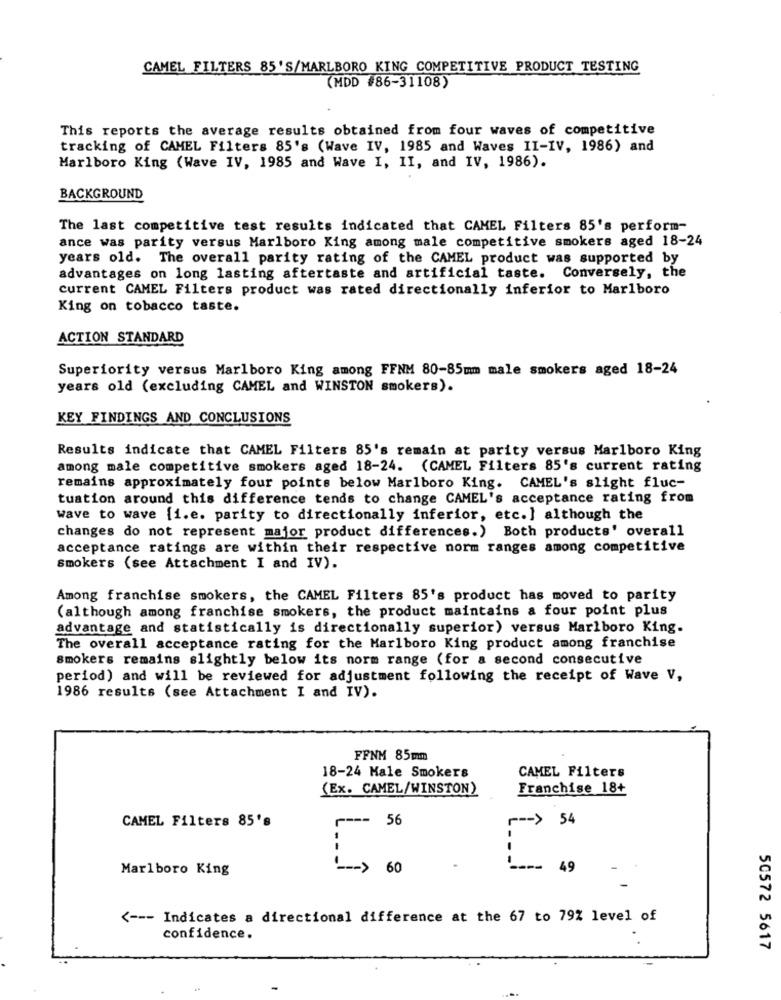
CAMEL FILTERS 85'S/MARLBORO KING COMPETITIVE PRODUCT TESTING
(MDD #86-31108)
This reports the average results obtained from four waves of competitive
tracking of CAMEL Filters 85's (Wave IV, 1985 and Waves II-IV, 1986) and
Marlboro King (Wave IV, 1985 and Wave I, II, and IV, 1986).
BACKGROUND
The last competitive test results indicated that CAMEL Filters 85's perform-
ance was parity versus Marlboro King among male competitive smokers aged 18-24
years old. The overall parity rating of the CAMEL product was supported by
advantages on long lasting aftertaste and artificial taste. Conversely, the
current CAMEL Filters product was rated directionally inferior to Marlboro
King on tobacco taste.
ACTION STANDARD
Superiority versus Marlboro King among FFNM 80-85mm male smokers aged 18-24
years old (excluding CAMEL and WINSTON smokers).
KEY FINDINGS AND CONCLUSIONS
Results indicate that CAMEL Filters 85's remain at parity versus Marlboro King
among male competitive smokers aged 18-24. (CAMEL Filters 85's current rating
remains approximately four points below Marlboro King. CAMEL's slight fluc-
tuation around this difference tends to change CAMEL's acceptance rating from
wave to wave {i.e. parity to directionally inferior, etc.] although the
changes do not represent major product differences.) Both products' overall
acceptance ratings are within their respective norm ranges among competitive
Smokers (see Attachment I and IV).
Among franchise smokers, the CAMEL Filters 85's product has moved to parity
(although among franchise smokers, the product maintains a four point plus
advantage and statistically is directionally superior) versus Marlboro King.
The overall acceptance rating for the Marlboro King product among franchise
smokers remains slightly below its norm range (for a second consecutive
period) and will be reviewed for adjustment following the receipt of Wave V,
1986 results (see Attachment I and IV).
FFNM 85mm
18-24 Male Smokers
CAMEL Filters
(Ex. CAMEL/WINSTON)
Franchise 18+
CAMEL Filters 85's
Marlboro King
<--- Indicates a directional difference at the 67 to 79% level of
confidence.
50572 5617